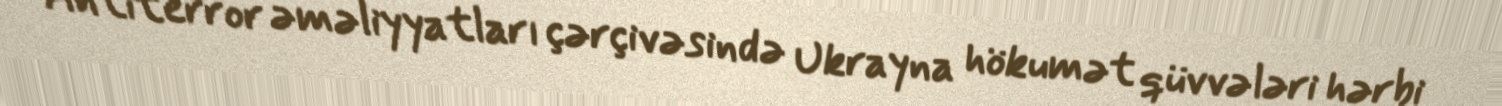
Antiterror əməliyyatları çərçivəsində Ukrayna hökumət qüvvələri hərbi